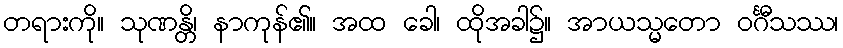
တရားကို။ သုဏန္တိ၊ နာကုန်၏။ အထ ခေါ၊ ထိုအခါ၌။ အာယသ္မတော ဝင်္ဂီသဿ၊